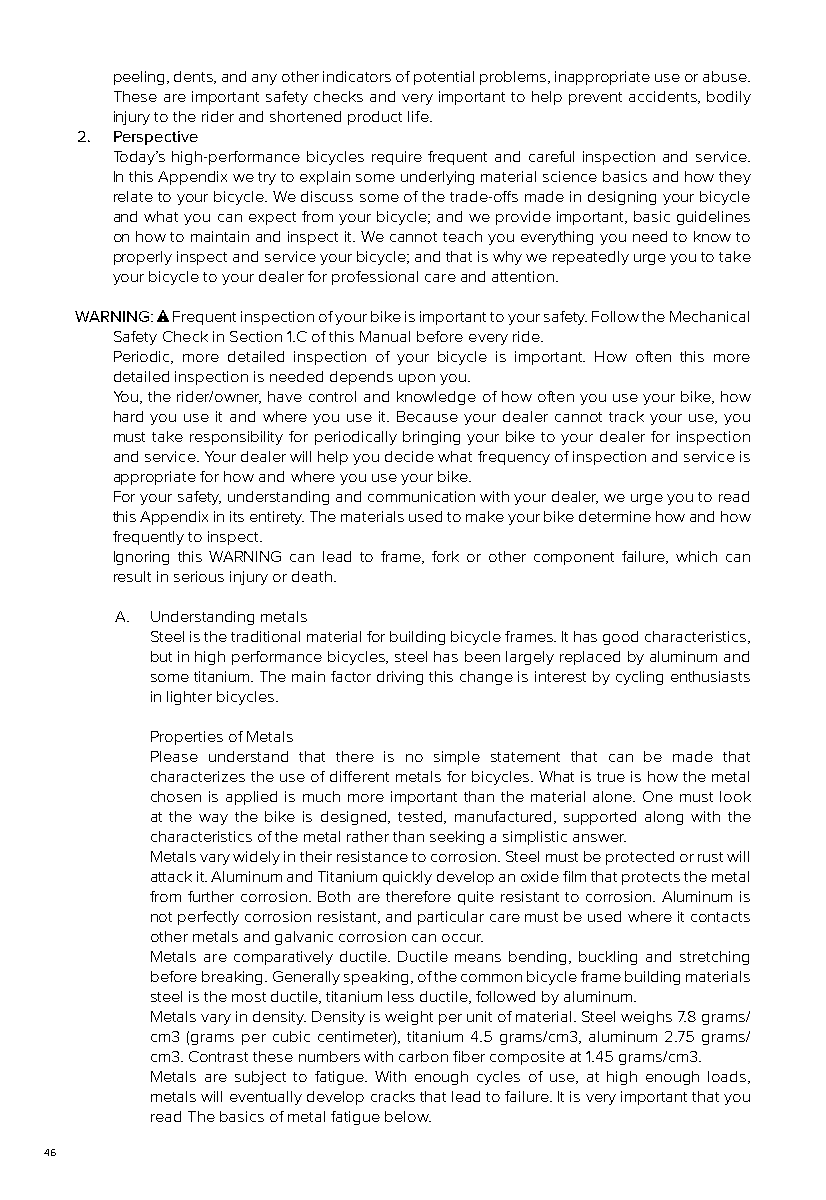
peeling, dents, and any other indicators of potential problems, inappropriate use or abuse.
 These are important safety checks and very important to help prevent accidents, bodily
 injury to the rider and shortened product life.
 2. Perspective
 Today’s high-performance bicycles require frequent and careful inspection and service.
 In this Appendix we try to explain some underlying material science basics and how they
 relate to your bicycle. We discuss some of the trade-offs made in designing your bicycle
 and what you can expect from your bicycle; and we provide important, basic guidelines
 on how to maintain and inspect it. We cannot teach you everything you need to know to
 properly inspect and service your bicycle; and that is why we repeatedly urge you to take
 your bicycle to your dealer for professional care and attention.
 WARNING: Frequent inspection of your bike is important to your safety. Follow the Mechanical
 Safety Check in Section 1.C of this Manual before every ride.
 Periodic, more detailed inspection of your bicycle is important. How often this more
 detailed inspection is needed depends upon you.
 You, the rider/owner, have control and knowledge of how often you use your bike, how
 hard you use it and where you use it. Because your dealer cannot track your use, you
 must take responsibility for periodically bringing your bike to your dealer for inspection
 and service. Your dealer will help you decide what frequency of inspection and service is
 appropriate for how and where you use your bike.
 For your safety, understanding and communication with your dealer, we urge you to read
 this Appendix in its entirety. The materials used to make your bike determine how and how
 frequently to inspect.
 Ignoring this WARNING can lead to frame, fork or other component failure, which can
 result in serious injury or death.
 A. Understanding metals
 Steel is the traditional material for building bicycle frames. It has good characteristics,
 but in high performance bicycles, steel has been largely replaced by aluminum and
 some titanium. The main factor driving this change is interest by cycling enthusiasts
 in lighter bicycles.
 Properties of Metals
 Please understand that there is no simple statement that can be made that
 characterizes the use of different metals for bicycles. What is true is how the metal
 chosen is applied is much more important than the material alone. One must look
 at the way the bike is designed, tested, manufactured, supported along with the
 characteristics of the metal rather than seeking a simplistic answer.
 Metals vary widely in their resistance to corrosion. Steel must be protected or rust will
 attack it. Aluminum and Titanium quickly develop an oxide film that protects the metal
 from further corrosion. Both are therefore quite resistant to corrosion. Aluminum is
 not perfectly corrosion resistant, and particular care must be used where it contacts
 other metals and galvanic corrosion can occur.
 Metals are comparatively ductile. Ductile means bending, buckling and stretching
 before breaking. Generally speaking, of the common bicycle frame building materials
 steel is the most ductile, titanium less ductile, followed by aluminum.
 Metals vary in density. Density is weight per unit of material. Steel weighs 7.8 grams/
 cm3 (grams per cubic centimeter), titanium 4.5 grams/cm3, aluminum 2.75 grams/
 cm3. Contrast these numbers with carbon fiber composite at 1.45 grams/cm3.
 Metals are subject to fatigue. With enough cycles of use, at high enough loads,
 metals will eventually develop cracks that lead to failure. It is very important that you
 read The basics of metal fatigue below.
 46